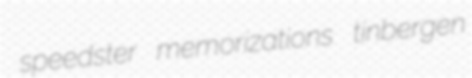
speedster memorizations tinbergen